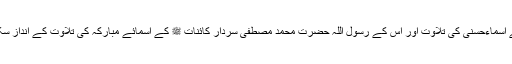
مثلاً اللہ تعالیٰ کے اسماءحسنیٰ کی تلاوت اور اس کے رسول اللہ حضرت محمد مصطفیٰ سردار کائنات ﷺ کے اسمائے مبارکہ کی تلاوت کے انداز سکھائے جائیں گے۔